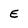
Character: E